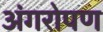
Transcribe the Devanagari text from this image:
अंगरोपण